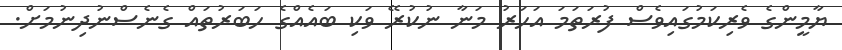
ޔާމީންގެ ވެރިކަމުގައިވެސް ފުރަތަމަ އަހަރު މަނާ ނުކުރޭ ވަކި ބައެއްގެ ހަބަރުތައް ގެނެސްނުދިނުމަށް.